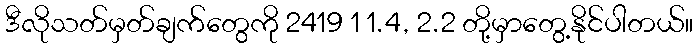
ဒီလိုသတ်မှတ်ချက်တွေကို 2419 1 1.4, 2.2 တို့မှာတွေ့နိုင်ပါတယ်။